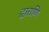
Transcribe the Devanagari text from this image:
द्वाराणि